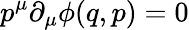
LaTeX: p^{\mu}\partial_{\mu}\phi(q,p)=0